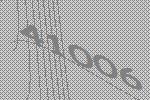
41006